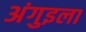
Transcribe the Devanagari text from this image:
अंगुइला